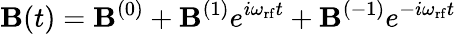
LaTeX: \mathbf{B}(t)=\mathbf{B}^{(0)}+\mathbf{B}^{(1)}e^{i\omega_{\mathrm{rf}}t}+\mathbf{B}^{(-1)}e^{-i\omega_{\mathrm{rf}}t}